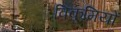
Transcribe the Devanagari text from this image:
विकृमियों